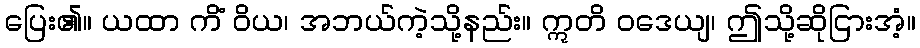
ပြေး၏။ ယထာ ကိံ ဝိယ၊ အဘယ်ကဲ့သို့နည်း။ ဣတိ ဝဒေယျ၊ ဤသို့ဆိုငြားအံ့။